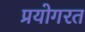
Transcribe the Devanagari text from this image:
प्रयोगरत